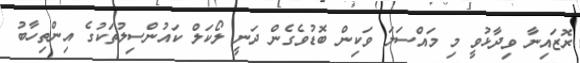
ރޮޒައިނާ ވިދާޅުވީ މި މައްސަލަ ވަކިން ބޮޑުވެގެން ދަނީ ލޯކަލް ކައުންސިލުތަކުގެ އިންތިހާބު